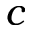
c